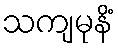
သကျမုနိံ